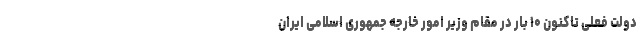
دولت فعلی تاکنون ۱۰ بار در مقام وزیر امور خارجه جمهوری اسلامی ایران